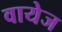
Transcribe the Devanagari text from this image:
वायेज